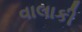
વાલાકી